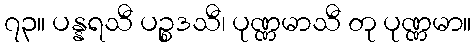
၇၃။ ပန္နရသီ ပဉ္စဒသီ၊ ပုဏ္ဏမာသီ တု ပုဏ္ဏမာ။